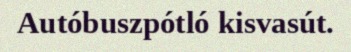
Autóbuszpótló kisvasút.